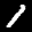
Label: 1